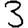
Digit: 3